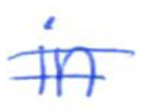
Text: in
Cross-out: double-line
Writing tool: ballpoint